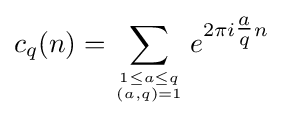
c_{q}(n)=\sum _{1\leq a\leq q \atop (a,q)=1}e^{2\pi i{\tfrac {a}{q}}n}